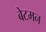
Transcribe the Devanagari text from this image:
बेटमन